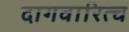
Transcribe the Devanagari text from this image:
दागवारित्च